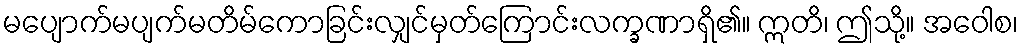
မပျောက်မပျက်မတိမ်ကောခြင်းလျှင်မှတ်ကြောင်းလက္ခဏာရှိ၏။ ဣတိ၊ ဤသို့။ အဝေါစ၊